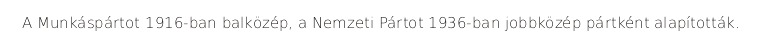
A Munkáspártot 1916-ban balközép, a Nemzeti Pártot 1936-ban jobbközép pártként alapították.